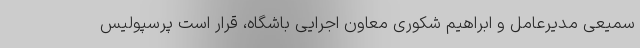
سمیعی مدیرعامل و ابراهیم شکوری معاون اجرایی باشگاه، قرار است پرسپولیس